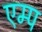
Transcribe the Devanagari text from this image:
एम्प